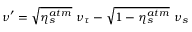
\nu ^ { \prime } = \sqrt { \eta _ { s } ^ { a t m } } ~ \nu _ { \tau } - \sqrt { 1 - \eta _ { s } ^ { a t m } } ~ \nu _ { s }